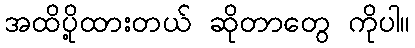
အထိပို့ထားတယ် ဆိုတာတွေ ကိုပါ။